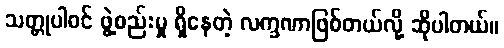
သတ္တုပါဝင် ဖွဲ့စည်းမှု ရှိနေတဲ့ လက္ခဏာဖြစ်တယ်လို့ ဆိုပါတယ်။